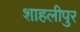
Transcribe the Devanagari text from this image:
शाहलीपुर